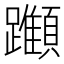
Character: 𨇪